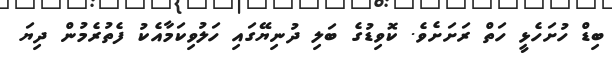
ބިޑް ހުށަހެޅީ ހަތް ރަށަށެވެ. ކޮވިޑުގެ ބަލި ދުނިޔޭގައި ހަލުވިކަމާއެކު ފެތުރެމުން ދިޔަ